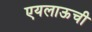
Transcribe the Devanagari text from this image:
एयलाऊची